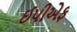
ઈપીએફ